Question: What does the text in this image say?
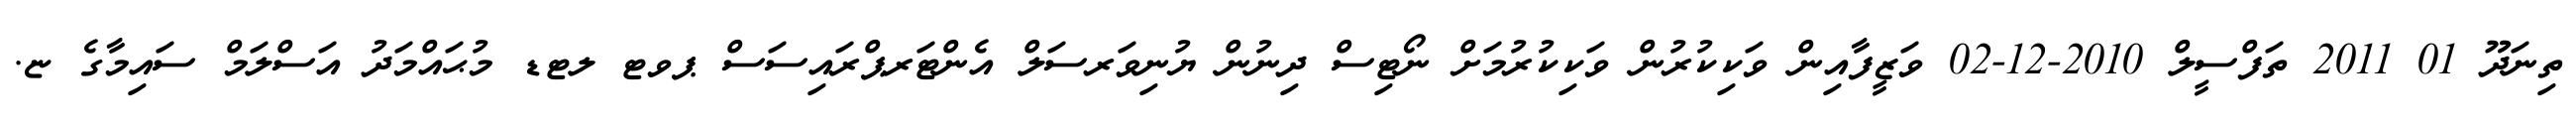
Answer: ތިނަދޫ 01 2011 ތަފްސީލް 2010-12-02 ވަޒީފާއިން ވަކިކުރުން ވަކިކުރުމަށް ނޯޓިސް ދިނުން ޔުނިވަރސަލް އެންޓަރޕްރައިސަސް ޕވޓ ލޓޑ މުޙައްމަދު އަސްލަމް ސައިމާގެ ޏ.